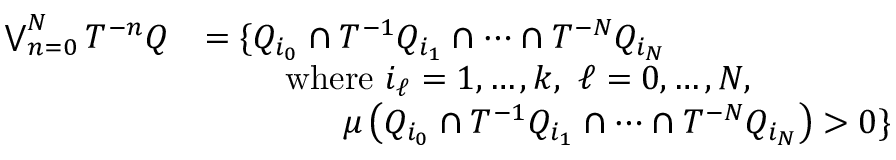
{ \begin{array} { r l } { \bigvee _ { n = 0 } ^ { N } T ^ { - n } Q } & { = \{ Q _ { i _ { 0 } } \cap T ^ { - 1 } Q _ { i _ { 1 } } \cap \cdots \cap T ^ { - N } Q _ { i _ { N } } } \\ & { \qquad { \mathrm { ~ w h e r e ~ } } i _ { \ell } = 1 , \ldots , k , \ \ell = 0 , \ldots , N , \ } \\ & { \qquad \qquad \mu \left( Q _ { i _ { 0 } } \cap T ^ { - 1 } Q _ { i _ { 1 } } \cap \cdots \cap T ^ { - N } Q _ { i _ { N } } \right) > 0 \} } \end{array} }